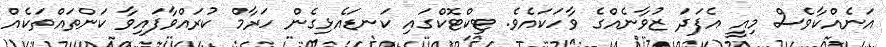
އަނެއްކާވެސް މިއީ އެފަދަ ޒުވާނެއްގެ ވާހަކައެވެ. ޓިކްޓޮކްގައި ކަނޑައެޅިގެން ހަރާމް ކުރައްވާފައިވާ ކަންތައްތަކެއް